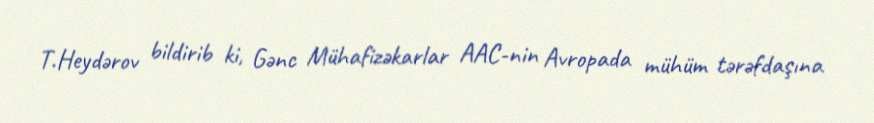
T.Heydərov bildirib ki, Gənc Mühafizəkarlar AAC-nin Avropada mühüm tərəfdaşına